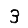
Digit: 3